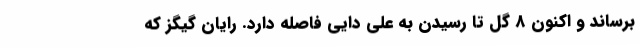
برساند و اکنون 8 گل تا رسیدن به علی دایی فاصله دارد. رایان گیگز که